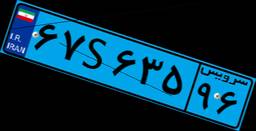
۶۷S۶۳۵۹۶